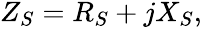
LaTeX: \begin{array}{r}{Z_{S}=R_{S}+jX_{S},}\end{array}